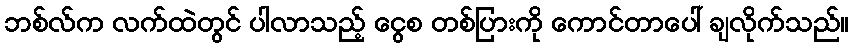
ဘစ်လ်က လက်ထဲတွင် ပါလာသည့် ငွေစ တစ်ပြားကို ကောင်တာပေါ် ချလိုက်သည်။